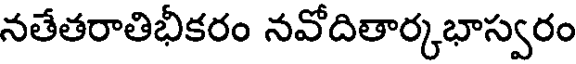
నతేతరాతిభీకరం నవోదితార్కభాస్వరం